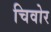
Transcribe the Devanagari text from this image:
चिवोर